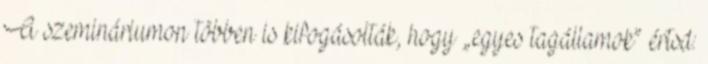
A szemináriumon többen is kifogásolták, hogy „egyes tagállamok” értsd: